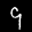
Label: 9